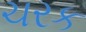
ચરક